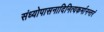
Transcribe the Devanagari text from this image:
संध्योपासनादिनित्यकर्मानन्तरं